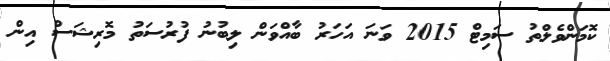
ކޮމަންވެލްތު ސަމިޓް 2015 ވަނަ އަހަރު ބާއްވަން ލިބުނު ފުރުސަތު މޮރިޝަސް އިން